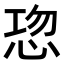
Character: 𭜹